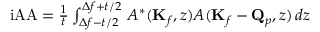
\begin{array} { l } { \mathrm { i A A } = \frac { 1 } { t } \int _ { \Delta f - t / 2 } ^ { \Delta f + t / 2 } \, A ^ { * } ( \mathbf { K } _ { f } , z ) A ( \mathbf { K } _ { f } - \mathbf { Q } _ { p } , z ) \, d z } \end{array}